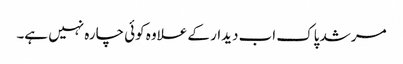
مرشد پاک اب دیدار کے علاوہ کوئی چارہ نہیں ہے۔